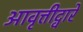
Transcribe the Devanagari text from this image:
आवृत्तीद्वारे